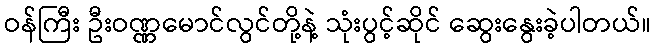
ဝန်ကြီး ဦးဝဏ္ဏမောင်လွင်တို့နဲ့ သုံးပွင့်ဆိုင် ဆွေးနွေးခဲ့ပါတယ်။